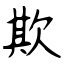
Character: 欺